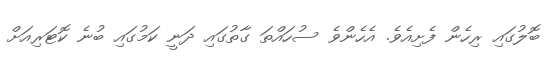
ބޮލުގައި ރިހެން ފެށިއެވެ. އެހެންވެ ސުހައްތަ ގާތުގައި ދަނީ ކަމުގައި ބުނެ ކޮޓަރިއަށް